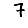
Digit: 7